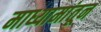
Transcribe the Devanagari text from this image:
माध्यामांतून